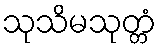
သုသိမသုတ္တံ